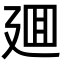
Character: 廽